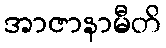
အာဇာနာမီတိ